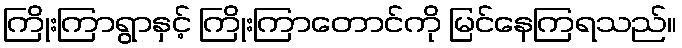
ကြိုးကြာရွာနှင့် ကြိုးကြာတောင်ကို မြင်နေကြရသည်။